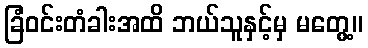
ခြံဝင်းတံခါးအထိ ဘယ်သူနှင့်မှ မတွေ့။